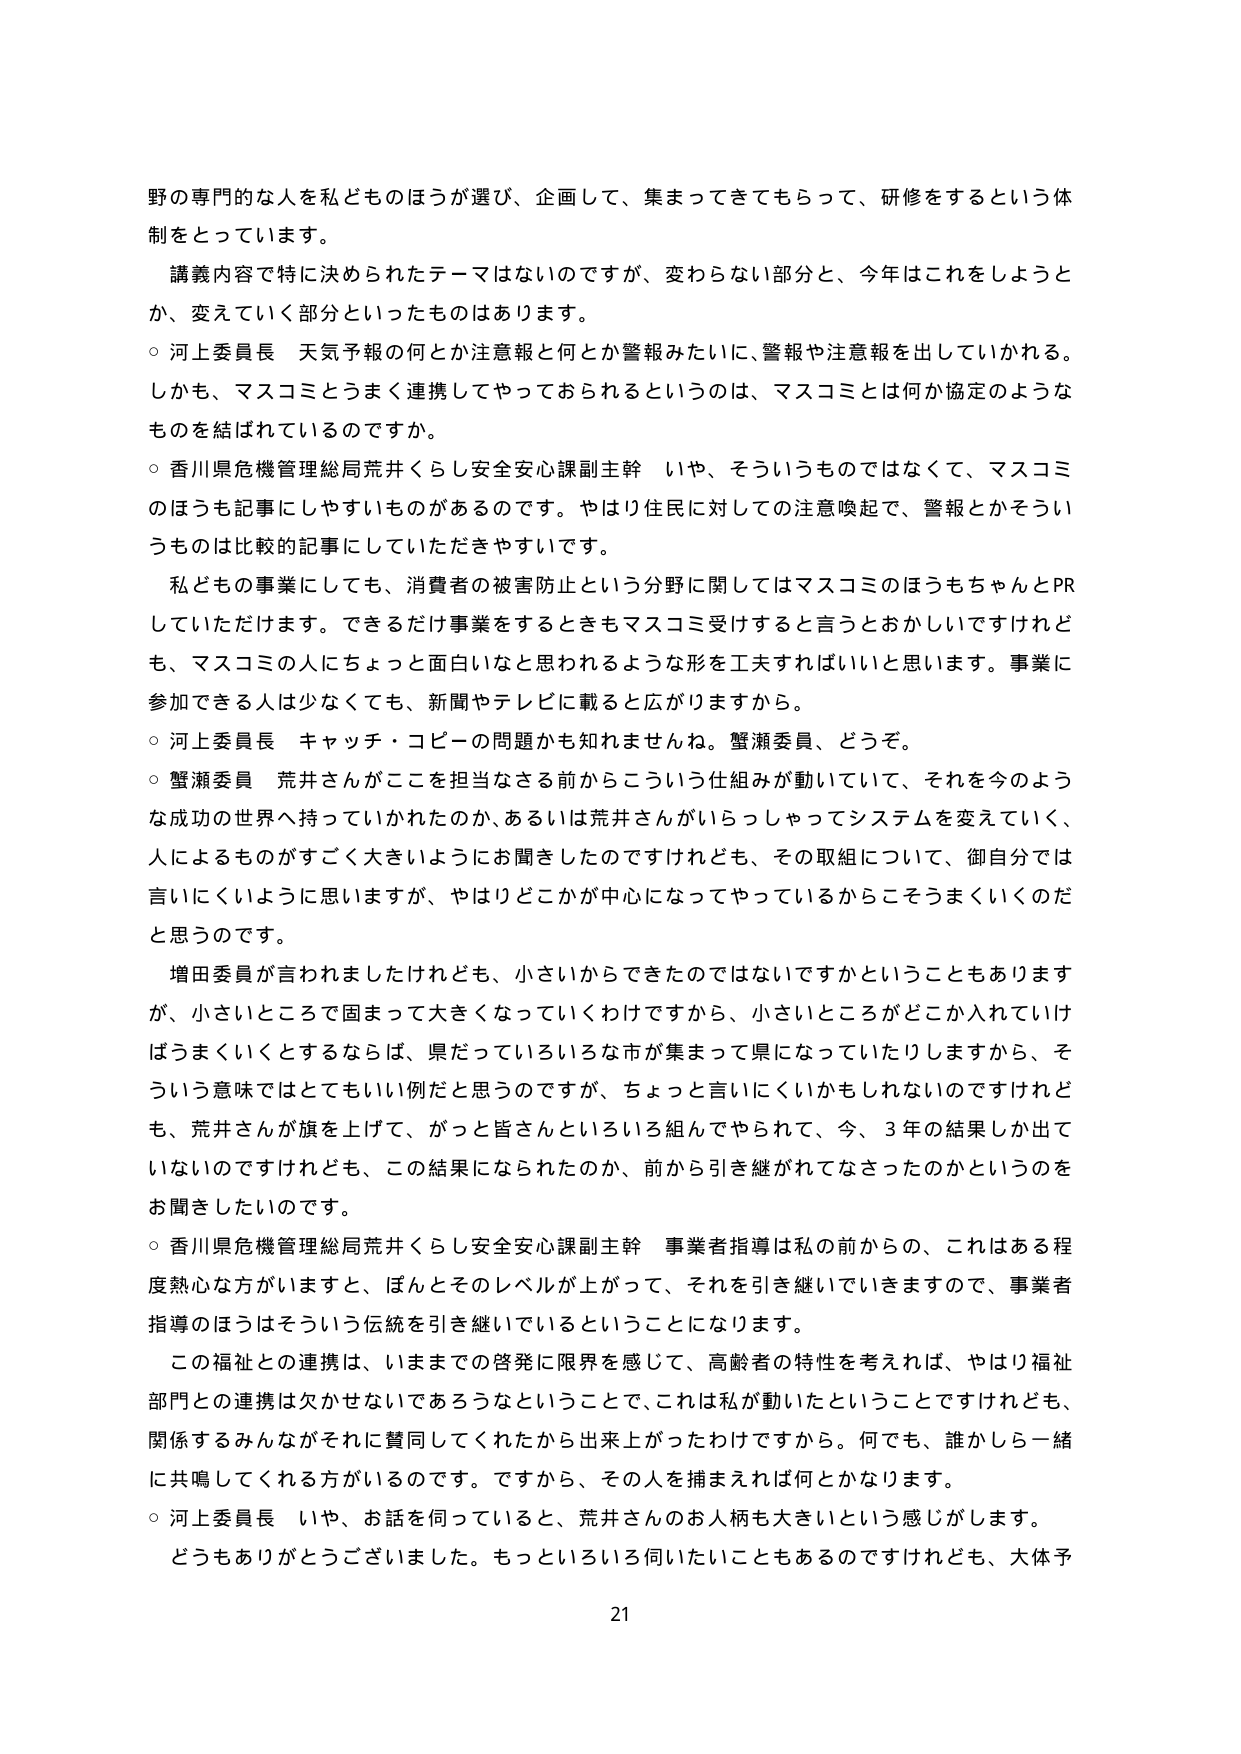
野の専門的な人を私どものほうが選び、企画して、集まってきてもらって、研修をするという体制をとっています。

講義内容で特に決められたテーマはないのですが、変わらない部分と、今年はこれをしようと か、変えていく部分といったものがあります。

○ 河上委員長 天気予報の何とか注意報と何とか警報みたいに、警報や注意報を出していかれる。 しかも、マスコミとうまく連携してやっておられるというのは、マスコミとは何か協定のような ものを結ばれているのですか。

○ 香川県危機管理総局荒井くらし安全安心課副主幹 いや、そういうものではなくて、マスコミ のほうも記事にしやすいものがあるのです。やはり住民に対しての注意喚起で、警報とかそうい うものは比較的記事にしていただきやすいです。

私どもの事業にしても、消費者の被害防止という分野に関してはマスコミのほうもちゃんとPR していただけます。できるだけ事業をするときもマスコミ受けると言うとおかしいですけれど も、マスコミの人にちょっと面白いなと思われるような形を工夫すればいいと思います。事業に 参加できる人は少なくても、新聞やテレビに載ると広がりますから。

○ 河上委員長 キャッチ・コピーの問題かも知れませんね。蟹瀬委員、どうぞ。

○ 蟹瀬委員 荒井さんがここを担当なさる前からこういう仕組みが動いていて、それを今のような成功の世界へ持っていかれたのか、あるいは荒井さんがいらっしゃってシステムを変えていく、 人によるものがすごく大きいようにお聞きしたのですけれども、その取組について、御自分では 言いにくいように思いますが、やはりどこかが中心になってやっているからこそうまくいくのだ と思うのです。

増田委員が言われましたけれども、小さいからできたのではないですかということもあります が、小さいところで固まって大きくなっていくわけですから、小さいところがどこか入れていけ ばうまくいくとするならば、県だっていろいろな市が集まって県になっていたりしますから、そ ういう意味ではとてもいい例だと思うのですが、ちょっと言いにくいかもしれないのですけれど も、荒井さんが旗を上げて、がっと皆さんといろいろ組んでやられて、今、3年の結果しか出て いないのですけれども、この結果になられたのか、前から引き継がれてなさったのかというのを お聞きしたいのです。

○ 香川県危機管理総局荒井くらし安全安心課副主幹 事業者指導は私の前からの、これはある程度熱心な方がいますと、ぼんとそのレベルが上がって、それを引き継いでいきますので、事業者 指導のほうはそういう伝統を引き継いでいるということになります。

この福祉との連携は、いままでの啓発に限界を感じて、高齢者の特性を考えれば、やはり福祉 部門との連携は欠かせないであろうということで、これは私が動いたということですけれども、 関係するみんながそれに賛同してくれたから出来上がったわけですから。何でも、誰かしら一緒に共鳴してくれる方がいるのです。ですから、その人を捕まえれば何とかなります。

○ 河上委員長 いや、お話を伺っていると、荒井さんのお人柄も大きいという感じがします。

どうもありがとうございました。もっといろいろ伺いたいこともあるのですけれども、大体予

21